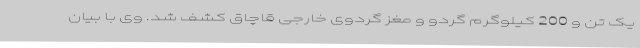
یک تن و 200 کیلوگرم گردو و مغز گردوی خارجی قاچاق کشف شد. وی با بیان